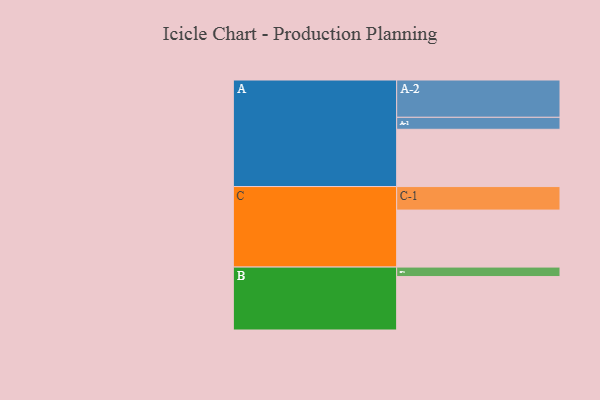
{"axis": {"x": "Segment", "y": "Value"}, "legend": ["", "A", "B", "C"], "data": [{"x": "A", "y": 416, "type": ""}, {"x": "B", "y": 388, "type": ""}, {"x": "C", "y": 414, "type": ""}, {"x": "A-1", "y": 87, "type": "A"}, {"x": "A-2", "y": 271, "type": "A"}, {"x": "B-1", "y": 69, "type": "B"}, {"x": "C-1", "y": 171, "type": "C"}]}